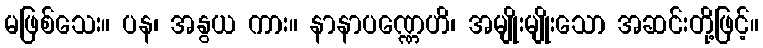
မဖြစ်သေး။ ပန၊ အနွယ ကား။ နာနာပဏ္ဏေဟိ၊ အမျိုးမျိုးသော အဆင်းတို့ဖြင့်။